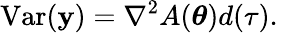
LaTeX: \operatorname{Var}(\mathbf{y})=\nabla^{2}A({\boldsymbol{\theta}})d(\tau).\,